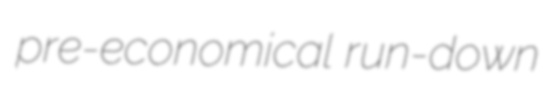
pre-economical run-down